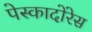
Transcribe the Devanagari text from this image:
पेस्कादोरेस